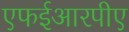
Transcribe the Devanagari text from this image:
एफईआरपीए